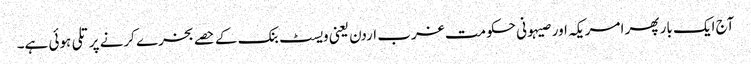
آج ایک بار پھر امریکہ اور صیہونی حکومت غرب اردن یعنی ویسٹ بنک کے حصے بخرے کرنے پر تلی ہوئی ہے۔